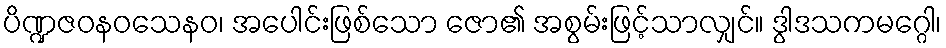
ပိဏ္ဍဇဝနဝသေနဝ၊ အပေါင်းဖြစ်သော ဇော၏ အစွမ်းဖြင့်သာလျှင်။ ဒွါဒသကမဂ္ဂေါ၊